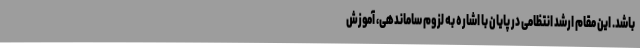
باشد. این مقام ارشد انتظامی در پایان با اشاره به لزوم ساماندهی، آموزش